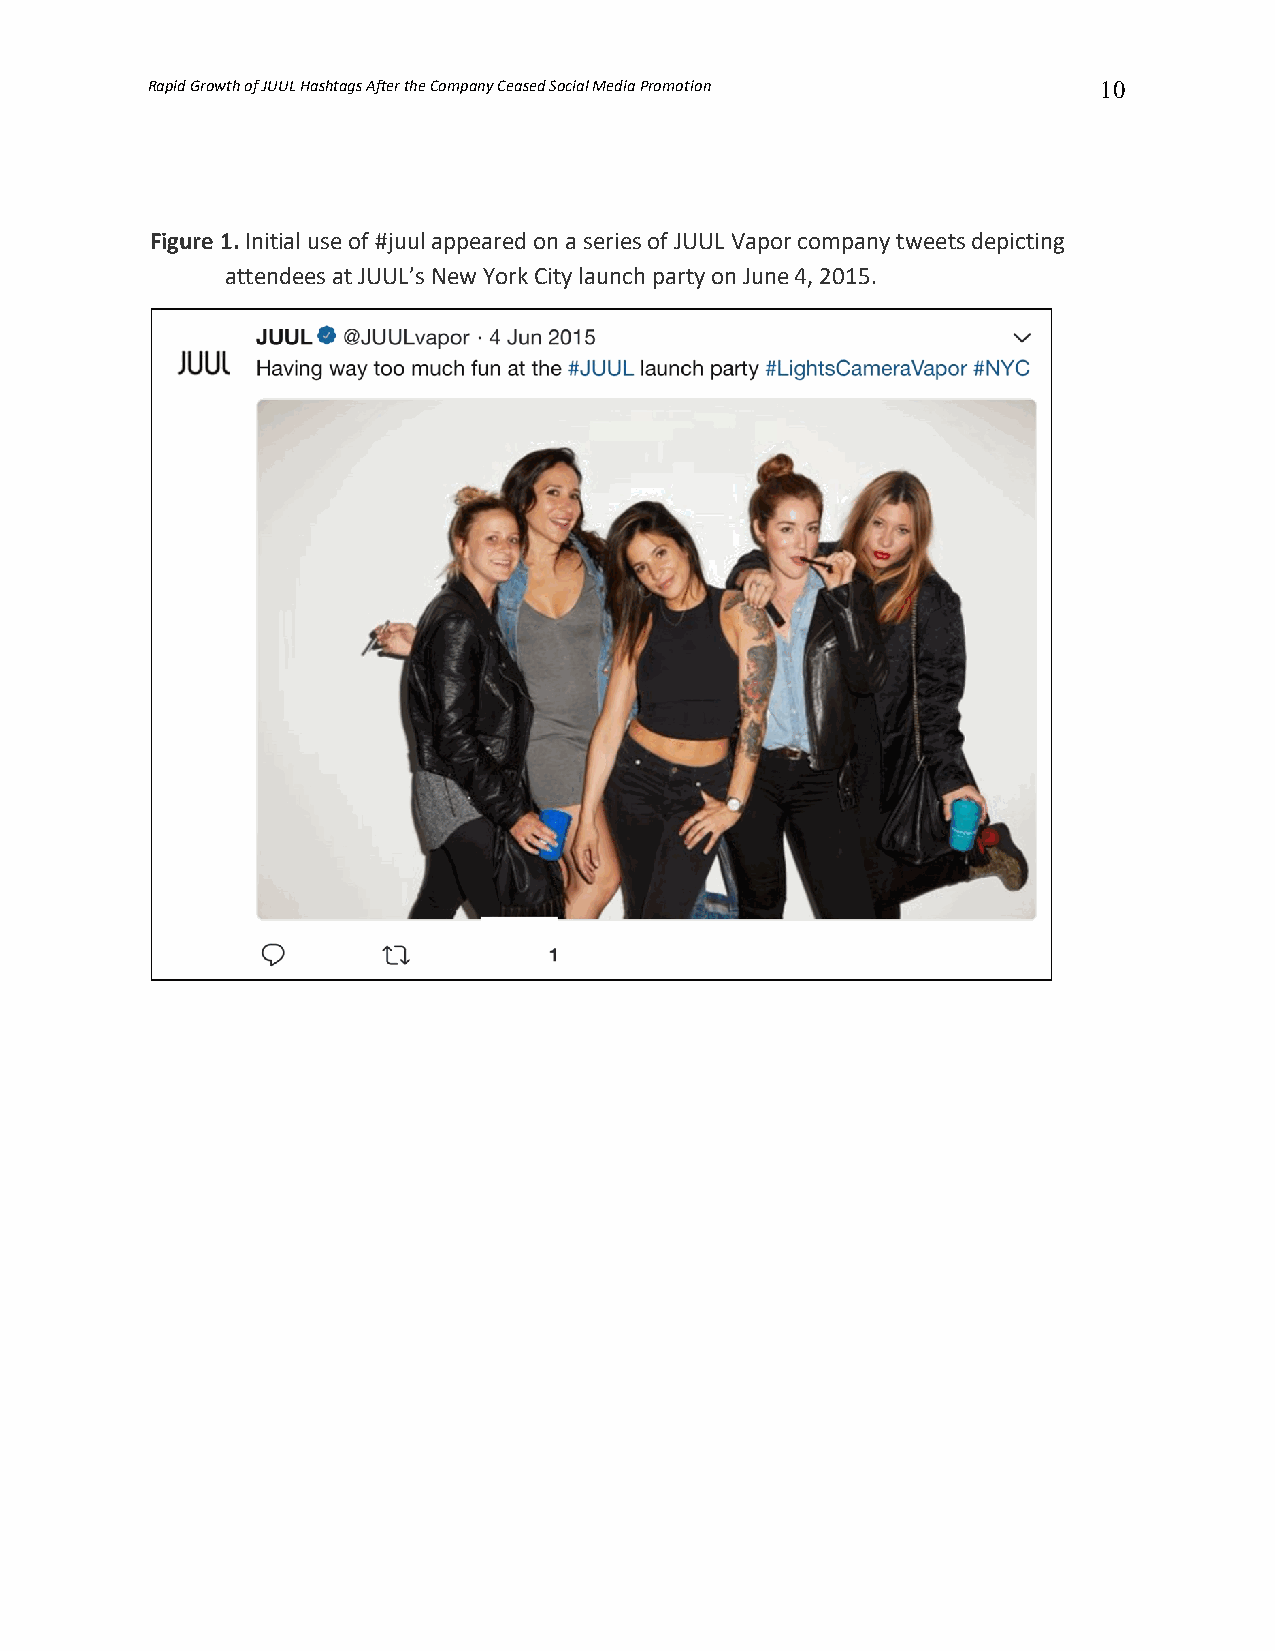
Rapid Growth of JUUL Hashtags After the Company Ceased Social Media Promotion 10
 Figure 1. Initial use of #juul appeared on a series of JUUL Vapor company tweets depicting
 attendees at JUUL’s New York City launch party on June 4, 2015.